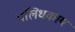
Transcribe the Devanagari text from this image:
पलिधकाय